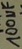
Text: 100µF